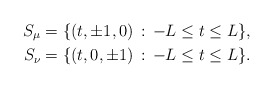
\begin{align*} S_\mu &= \{(t,\pm 1,0) \, :\, -L \le t \le L\}, \\ S_\nu &= \{(t,0,\pm 1) \, :\, -L \le t \le L\}. \end{align*}